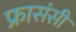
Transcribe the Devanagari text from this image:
फ्रासंसी